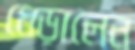
ধেড়ালেন